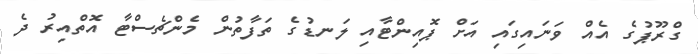
ގްރޫޕުގެ އެއް ވަނައިގައި އަށް ޕޮއިންޓާއި ލަނޑުގެ ތަފާތުން މެންޗެސްޓާ އޮތްއިރު ދެ